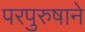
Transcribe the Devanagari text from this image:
परपुरुषाने